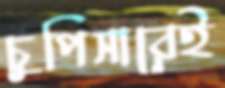
চুপিসারেই